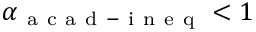
\alpha _ { \mathrm { ~ a ~ c ~ a ~ d ~ - ~ i ~ n ~ e ~ q ~ } } < 1